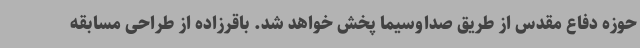
حوزه دفاع مقدس از طریق صداوسیما پخش خواهد شد. باقرزاده از طراحی مسابقه